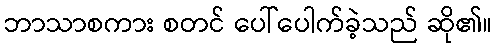
ဘာသာစကား စတင် ပေါ်ပေါက်ခဲ့သည် ဆို၏။